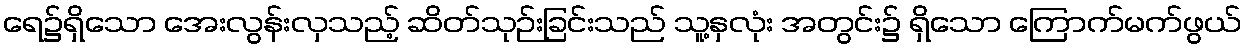
ရေ၌ရှိသော အေးလွန်းလှသည့် ဆိတ်သုဉ်းခြင်းသည် သူ့နှလုံး အတွင်း၌ ရှိသော ကြောက်မက်ဖွယ်